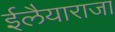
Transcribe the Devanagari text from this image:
ईलैयाराजा